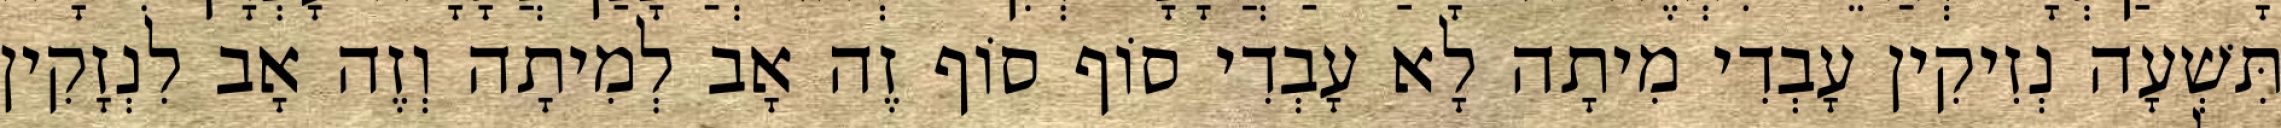
תִּשְׁעָה נְזִיקִין עָבְדִי מִיתָה לָא עָבְדִי סוֹף סוֹף זֶה אָב לְמִיתָה וְזֶה אָב לִנְזָקִין